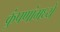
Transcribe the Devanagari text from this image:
कुंपणांमध्ये